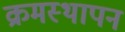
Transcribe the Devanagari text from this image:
क्रमस्थापन